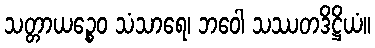
သတ္တာယဉ္စေဝ သံသာရေ၊ ဘဝေါ သဿတဒိဋ္ဌိယံ။